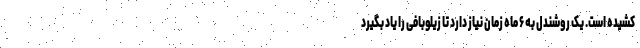
کشیده است. یک روشندل به ۶ ماه زمان نیاز دارد تا زیلوبافی را یاد بگیرد